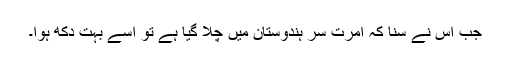
جب اس نے سُنا کہ امرت سر ہندوستان میں چلا گیا ہے تو اسے بہت دُکھ ہوا۔